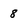
Character: 8